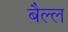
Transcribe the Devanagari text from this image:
बैल्ल